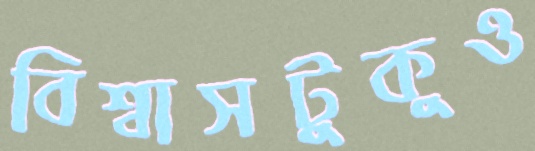
বিশ্বাসটুকুও